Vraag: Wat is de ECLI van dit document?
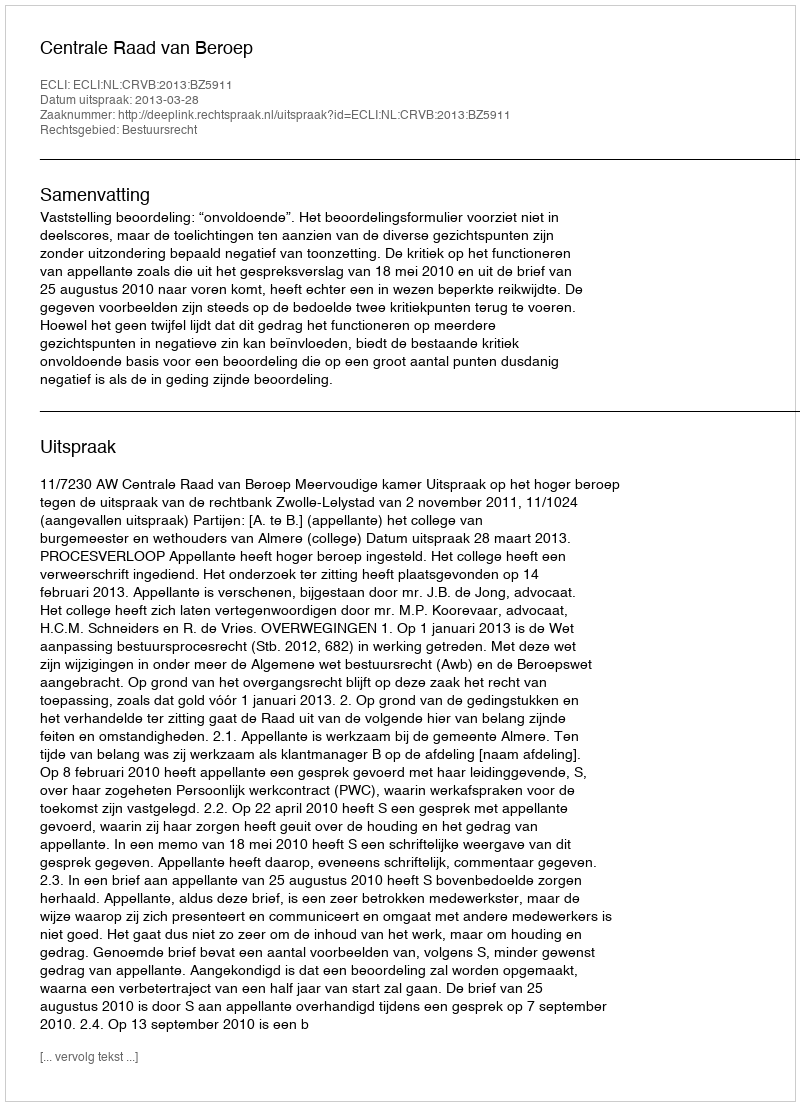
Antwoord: ECLI:NL:CRVB:2013:BZ5911